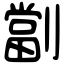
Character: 劏